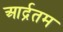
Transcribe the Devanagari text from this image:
आर्द्रतम